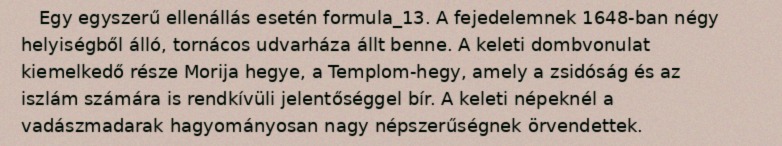
Egy egyszerű ellenállás esetén formula_13. A fejedelemnek 1648-ban négy helyiségből álló, tornácos udvarháza állt benne. A keleti dombvonulat kiemelkedő része Morija hegye, a Templom-hegy, amely a zsidóság és az iszlám számára is rendkívüli jelentőséggel bír. A keleti népeknél a vadászmadarak hagyományosan nagy népszerűségnek örvendettek.